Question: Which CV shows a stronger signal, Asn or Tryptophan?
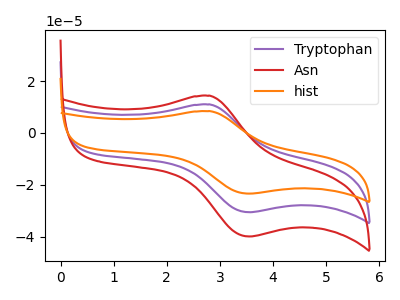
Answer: <think>The purple curve "Tryptophan" has an anodic peak at (2.80V, 11.00uA) and a cathodic peak at (3.55V, -30.55uA). The red curve "Asn" has an anodic peak at (2.80V, 14.35uA) and a cathodic peak at (3.55V, -39.95uA). The orange curve "hist" has an anodic peak at (2.80V, 22.00uA) and a cathodic peak at (3.55V, -61.15uA).
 All the peaks in "Asn" have a peak in "Tryptophan" at the same potential. Every peak in "Asn" is higher than every peak in "Tryptophan".</think>
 <answer>"Asn" has more signal than "Tryptophan".</answer>
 <eval>more_signal</eval>